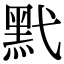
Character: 黓